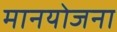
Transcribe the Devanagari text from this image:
मानयोजना